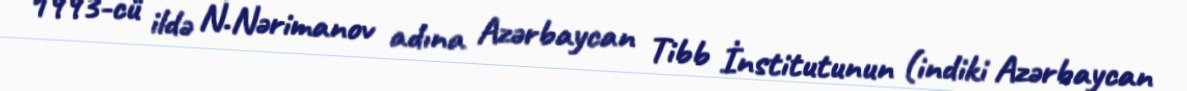
1993-cü ildə N.Nərimanov adına Azərbaycan Tibb İnstitutunun (indiki Azərbaycan